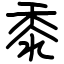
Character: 黍